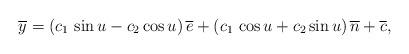
LaTeX: \begin{align*} \overline{y}=\left(c_{1}\,\sin u -c_{2} \cos u \right)\overline{e}+\left(c_{1}\,\cos u +c_{2} \sin u \right)\overline{n}+\overline{c}, \end{align*}